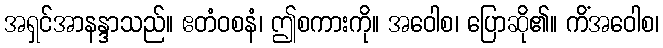
အရှင်အာနန္ဒာသည်။ ဧတံဝစနံ၊ ဤစကားကို။ အဝေါစ၊ ပြောဆို၏။ ကိံအဝေါစ၊